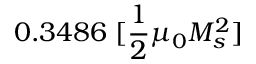
0 . 3 4 8 6 \; [ \frac { 1 } { 2 } \mu _ { 0 } M _ { s } ^ { 2 } ]